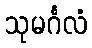
သုမင်္ဂလံ